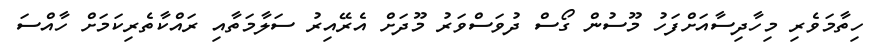
ހިތާމަވެރި މިހާދިސާއަށްފަހު މޫސުން ގޯސް ދުވަސްވަރު މޫދަށް އެރޭއިރު ސަލާމަތާއި ރައްކާތެރިކަމަށް ހާއްސަ